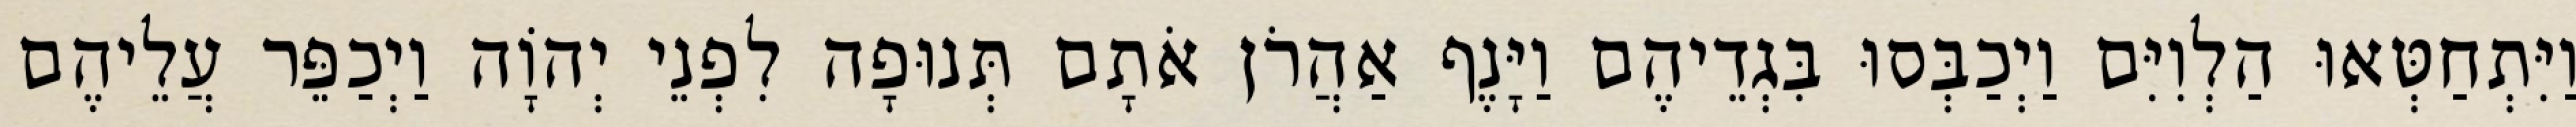
וַיִּתְחַטְּאוּ הַלְוִיִּם וַיְכַבְּסוּ בִּגְדֵיהֶם וַיָּנֶף אַהֲרֹן אֹתָם תְּנוּפָה לִפְנֵי יְהוָֹה וַיְכַפֵּר עֲלֵיהֶם